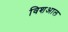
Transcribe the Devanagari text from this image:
विशआल